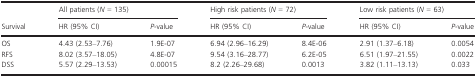
<table><thead><tr><td rowspan="3"><b>Survival</b></td><td colspan="2"><b>All patients (<i>N</i> = 135)</b></td><td colspan="2"><b>High risk patients (<i>N</i> = 72)</b></td><td colspan="2"><b>Low risk patients (<i>N</i> = 63)</b></td></tr><tr><td><b>HR (95% CI)</b></td><td><b><i>P</i>-value</b></td><td><b>HR (95% CI)</b></td><td><b><i>P</i>-value</b></td><td><b>HR (95% CI)</b></td><td><b><i>P</i>-value</b></td></tr></thead><tbody><tr><td>OS</td><td>4.43 (2.53–7.76)</td><td>1.9E-07</td><td>6.94 (2.96–16.29)</td><td>8.4E-06</td><td>2.91 (1.37–6.18)</td><td>0.0054</td></tr><tr><td>RFS</td><td>8.02 (3.57–18.05)</td><td>4.8E-07</td><td>9.54 (3.16–28.77)</td><td>6.2E-05</td><td>6.51 (1.97–21.55)</td><td>0.0022</td></tr><tr><td>DSS</td><td>5.57 (2.29–13.53)</td><td>0.00015</td><td>8.2 (2.26–29.68)</td><td>0.0013</td><td>3.82 (1.11–13.13)</td><td>0.033</td></tr></tbody></table>